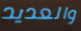
والعديد